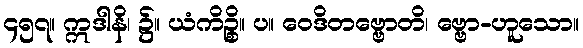
၄၅၇။ ဣဒါနိ၊ ၌။ ယံကိဉ္စိ။ ပ။ ဝေဒိတဗ္ဗောတိ၊ ဗ္ဗော-ဟူသော။